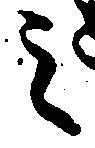
之